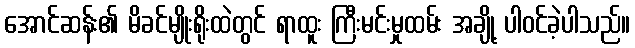
အောင်ဆန်း၏ မိခင်မျိုးရိုးထဲတွင် ရာထူး ကြီးမင်းမှုထမ်း အချို့ ပါဝင်ခဲ့ပါသည်။